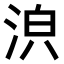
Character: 𣴼